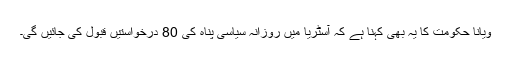
ویانا حکومت کا یہ بھی کہنا ہے کہ آسٹریا میں روزانہ سیاسی پناہ کی 80 درخواستیں قبول کی جائیں گی۔